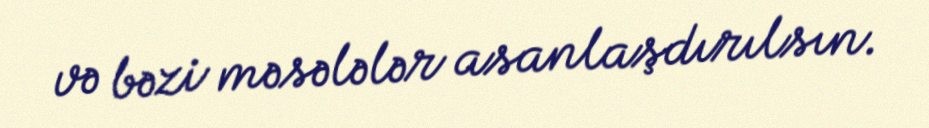
və bəzi məsələlər asanlaşdırılsın.